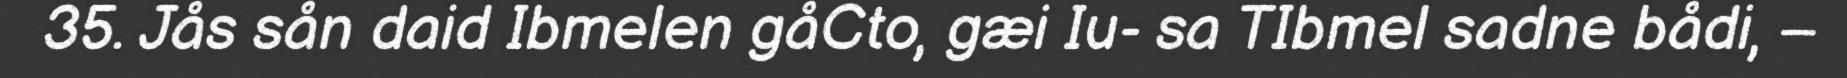
35. Jås sån daid Ibmelen gåCto, gæi Iu- sa TIbmel sadne bådi, –